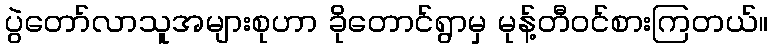
ပွဲတော်လာသူအများစုဟာ ခိုတောင်ရွာမှ မုန့်တီဝင်စားကြတယ်။